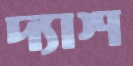
দ্যাশ